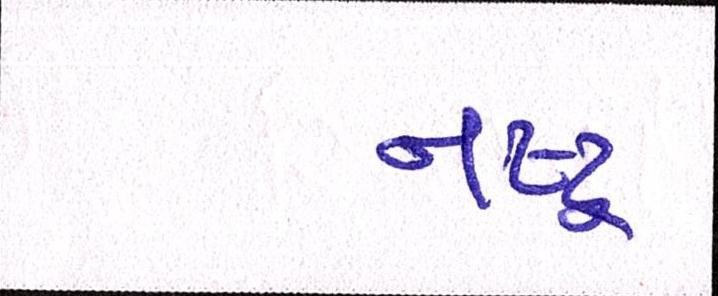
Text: નષ્ટ્ર